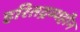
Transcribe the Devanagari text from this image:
हरितद्रव्यहीन